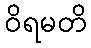
ဝိရမတိ